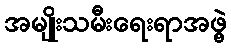
အမျိုးသမီးရေးရာအဖွဲ့